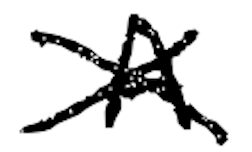
Text: A
Cross-out: cross
Writing tool: digital_black